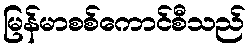
မြန်မာစစ်ကောင်စီသည်